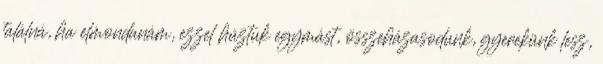
találná, ha elmondanám, ezzel húztuk egymást, összeházasodunk, gyerekünk lesz,